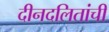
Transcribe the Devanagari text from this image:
दीनदलितांची